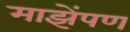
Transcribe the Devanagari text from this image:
माझेंपण